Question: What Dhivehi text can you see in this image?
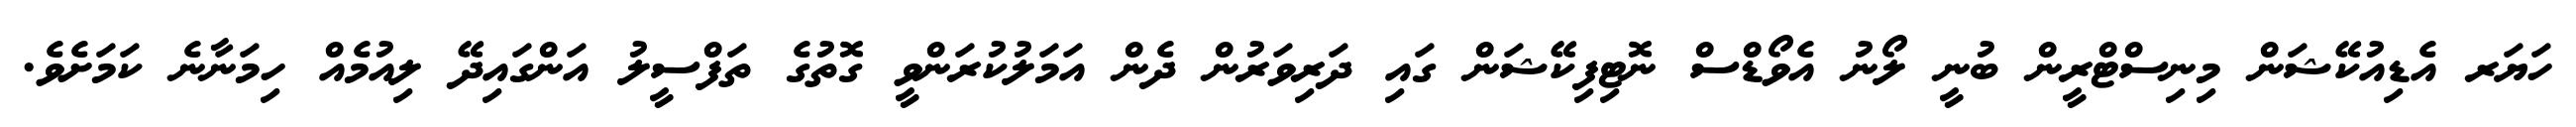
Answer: ހަޔަރ އެޑިއުކޭޝަން މިނިސްޓްރީން ބުނީ ލޯނު އެވޯޑްސް ނޮޓިފިކޭޝަން ގައި ދަރިވަރުން ދެން އަމަލުކުރަންވީ ގޮތުގެ ތަފްސީލު އަންގައިދޭ ލިއުމެއް ހިމަނާނެ ކަމަށެވެ.